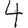
Digit: 4